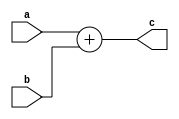
`timescale 1ns / 1ps
//////////////////////////////////////////////////////////////////////////////////
// Company: 
// Engineer: 
// 
// Design Name: 
// Module Name: add32
// Project Name: 
// Target Devices: 
// Tool Versions: 
// Description: 
// 
// Dependencies: 
// 
// Revision:
// Revision 0.01 - File Created
// Additional Comments:
// 
//////////////////////////////////////////////////////////////////////////////////


module add32(
input wire[31:0] a,
input wire[31:0] b,
output wire[31:0] c
    );
    assign c = a + b;
endmodule